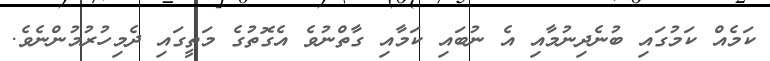
ކަމެއް ކަމުގައި ބުނެދިނުމާއި އެ ނުބައި ކަމާއި ގާތްނުވެ އެގޮތުގެ މަތީގައި ދެމިހުރުމުންނެވެ.